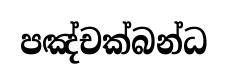
පඤ්චක්බන්ධ